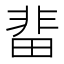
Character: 𮧅